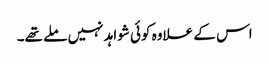
اس کے علاوہ کوئی شواہد نہیں ملے تھے۔